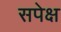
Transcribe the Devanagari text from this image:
सपेक्ष